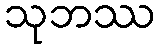
သုဘဿ